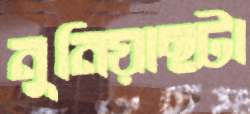
নুনিয়াছটা